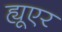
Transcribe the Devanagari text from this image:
ह्यूएर